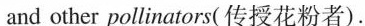
and other pollinators( 传授花粉者).